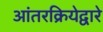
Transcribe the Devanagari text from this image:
आंतरक्रियेद्वारे